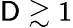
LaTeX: \mathsf{D}\gtrsim1